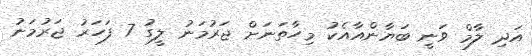
އަދި ލާމް ވަނީ ބަޔާންއާއެކު މިހާތަނަށް ޖަރުމަނު ލީގު 7 ފަހަރު ޖަރުމަނު